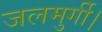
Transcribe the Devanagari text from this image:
जलमुर्गी।